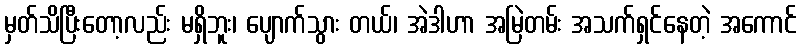
မှတ်သိပြီးတော့လည်း မရှိဘူး၊ ပျောက်သွား တယ်၊ အဲဒါဟာ အမြဲတမ်း အသက်ရှင်နေတဲ့ အကောင်